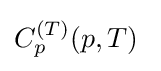
C_{p}^{(T)}(p,T)\